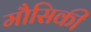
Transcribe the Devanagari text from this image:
मौसिकी